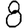
Digit: 8